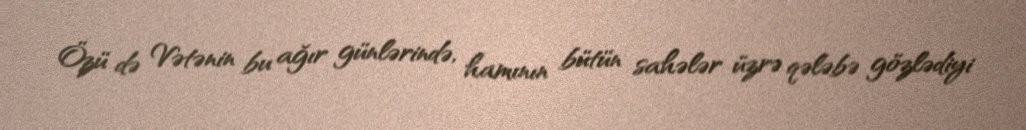
Özü də Vətənin bu ağır günlərində, hamının bütün sahələr üzrə qələbə gözlədiyi